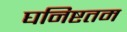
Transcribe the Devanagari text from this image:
घनिष्टतम